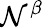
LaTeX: \mathcal{N}^{\beta}